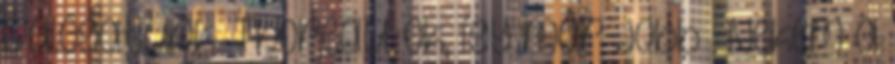
válogatunk. Thoreau: Ok, így már jobb : Nekem a